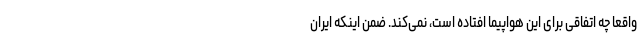
واقعا چه اتفاقی برای این هواپیما افتاده است، نمی‌کند. ضمن اینکه ایران